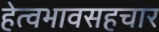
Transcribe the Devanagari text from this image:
हेत्वभावसहचार